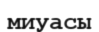
миуасы